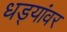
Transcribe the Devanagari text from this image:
धड्यांवर